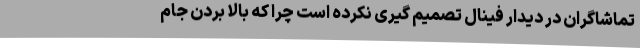
تماشاگران در دیدار فینال تصمیم گیری نکرده است چرا که بالا بردن جام